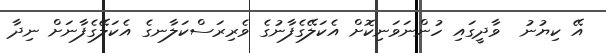
އޭ ކިޔުނު  ވާދީގައި ހުންނަވަނިކޮށް އެކަލޭގެފާނުގެ ވެރިރަސްކަލާނގެ އެކަލޭގެފާނަށް ނިދާ